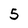
Character: 5